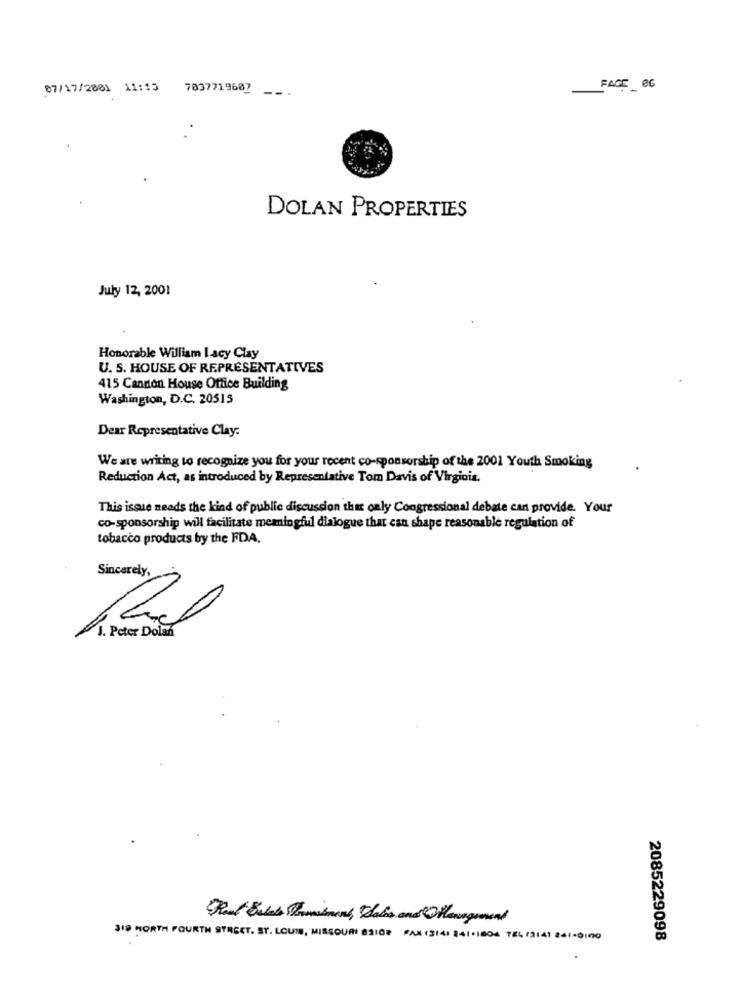
07/17/2881 11:13 7037719607
FAGE_ 06
DOLAN PROPERTIES
July 12, 2001
Honorable William I acy Clay
U. S. HOUSE OF REPRESENTATIVES
415 Candon House Office Building
Washington, D.C. 20515
Dear Representative Clay.
We are writing to recognize you for your recent co-sponsorship of the 2001 Youth Smoking
Reduction Act, as introduced by Representative Tom Davis of Virginia.
This issue neads the kind of public discussion the only Congressional debate can provide. Your
co-sponsorship will facilitate meaningful dialogue that can shape reasonable regulation of
tobacco products by the FDA.
Sincerely,
J. Peter Dolan
SID HORTH FOURTH STREET, ST. LOUIS, MISSOURI BSIOR FAX (3141 241.1004 TEL(3141 261-0100
2085229098